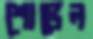
শোভেল